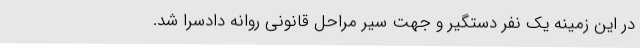
در این زمینه یک نفر دستگیر و جهت سیر مراحل قانونی روانه دادسرا شد.